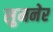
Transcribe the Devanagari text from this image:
सुमनेर